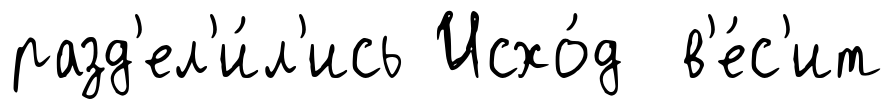
разд'ел'и́л'ись Исхо́д в'е́с'ит